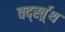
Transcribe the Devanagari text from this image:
वर्द्स्व्र्थ